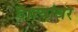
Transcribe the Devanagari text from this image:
दात्यांवर